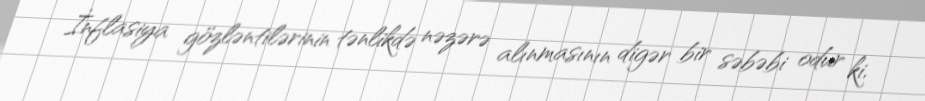
İnflasiya gözləntilərinin tənlikdə nəzərə alınmasının digər bir səbəbi odur ki,